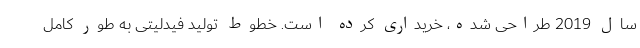
سال 2019 طراحی شده، خریداری کرده است. خطوط تولید فیدلیتی به طور کامل